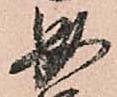
無